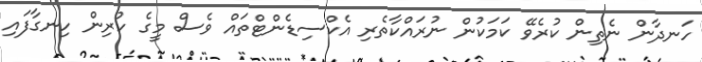
ހަނދާން ނެތިން ކުރެވޭ ކަމަކުން ނުރައްކާތެރި އެކްސިޑެންޓްތައް ވެސް މީގެ ކުރިން ހިނގާފައި